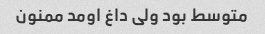
متوسط بود ولی داغ اومد ممنون